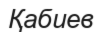
Қабиев